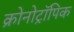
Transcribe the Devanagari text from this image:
क्रोनोट्रॉपिक